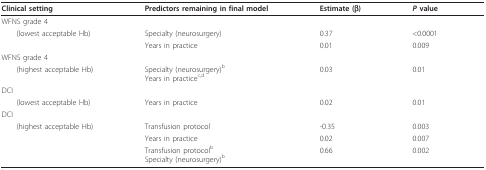
<table><thead><tr><td><b>Clinical setting</b></td><td><b>Predictors remaining in final model</b></td><td><b>Estimate (β)</b></td><td><b><i>P </i>value</b></td></tr></thead><tbody><tr><td>WFNS grade 4</td><td></td><td></td><td></td></tr><tr><td> (lowest acceptable Hb)</td><td>Specialty (neurosurgery)</td><td>0.37</td><td>&lt;0.0001</td></tr><tr><td></td><td>Years in practice</td><td>0.01</td><td>0.009</td></tr><tr><td>WFNS grade 4</td><td></td><td></td><td></td></tr><tr><td> (highest acceptable Hb)</td><td>Specialty (neurosurgery)<sup>b</sup>Years in practice<sup>c,d</sup></td><td>0.03</td><td>0.01</td></tr><tr><td>DCI</td><td></td><td></td><td></td></tr><tr><td> (lowest acceptable Hb)</td><td>Years in practice</td><td>0.02</td><td>0.01</td></tr><tr><td>DCI</td><td></td><td></td><td></td></tr><tr><td> (highest acceptable Hb)</td><td>Transfusion protocol</td><td>-0.35</td><td>0.003</td></tr><tr><td></td><td>Years in practice</td><td>0.02</td><td>0.007</td></tr><tr><td></td><td>Transfusion protocol<sup>b</sup>Specialty (neurosurgery)<sup>b</sup></td><td>0.66</td><td>0.002</td></tr></tbody></table>